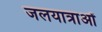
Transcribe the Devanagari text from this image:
जलयात्राओं